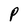
Character: P